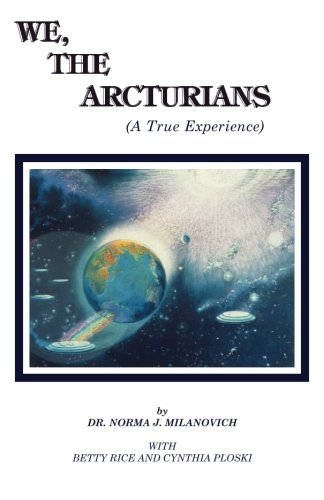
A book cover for We The Arcturians: A True Experience; Dr Norma J Milanovich; Science & Math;